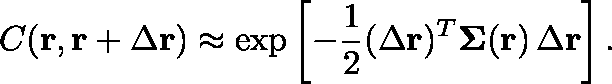
C ( \mathbf { r } , \mathbf { r } + \Delta \mathbf { r } ) \approx \exp \left[ - \frac { 1 } { 2 } ( \Delta \mathbf { r } ) ^ { T } \mathbf { \Sigma } ( \mathbf { r } ) \, \Delta \mathbf { r } \right] .